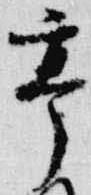
亭